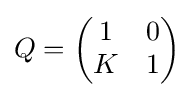
Q={\begin{pmatrix}1&0\\K&1\end{pmatrix}}